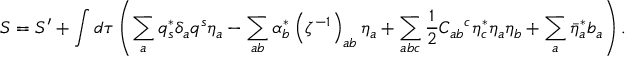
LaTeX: S = S ^ { \prime } + \int d \tau \left( \sum _ { a } q _ { s } ^ { * } \delta _ { a } q ^ { s } \eta _ { a } - \sum _ { a b } \alpha _ { b } ^ { * } \left( \zeta ^ { - 1 } \right) _ { a b } \eta _ { a } + \sum _ { a b c } \frac { 1 } { 2 } C _ { a b } { } ^ { c } \eta _ { c } ^ { * } \eta _ { a } \eta _ { b } + \sum _ { a } \bar { \eta } _ { a } ^ { * } b _ { a } \right) .